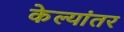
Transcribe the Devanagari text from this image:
केल्यांतर